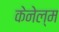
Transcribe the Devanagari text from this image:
केनेल्म